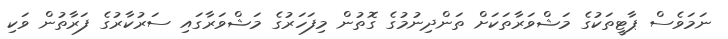
ނަމަވެސް ޕާޓީތަކުގެ މަޝްވަރާތަކަށް ތަންދިނުމުގެ ގޮތުން މިފަހަރުގެ މަޝްވަރާގައި ސަރުކާރުގެ ފަރާތުން ވަކި